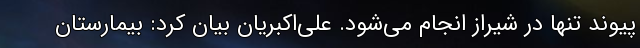
پیوند تنها در شیراز انجام می‌شود. علی‌اکبریان بیان کرد: بیمارستان